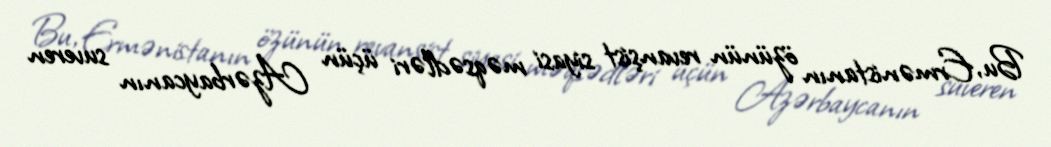
Bu, Ermənistanın özünün revanşist siyasi məqsədləri üçün Azərbaycanın suveren